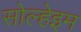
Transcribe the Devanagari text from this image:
सोल्हेइम